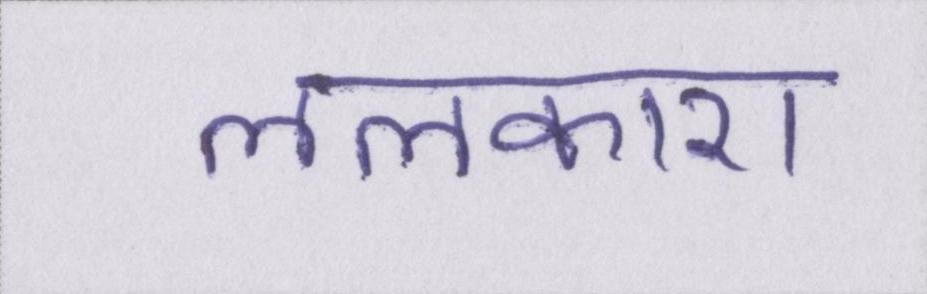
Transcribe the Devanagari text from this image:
ललकारा